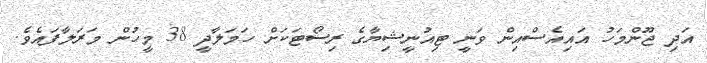
އަދި ޖޫންމަހު އައިއެސްއިން ވަނީ ޓިއުނީޝިޔާގެ ރިސޯޓަކަށް ހަމަލާދީ 38 މީހުން މަރަލާފައެވެ.